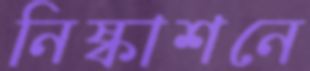
নিষ্কাশনে